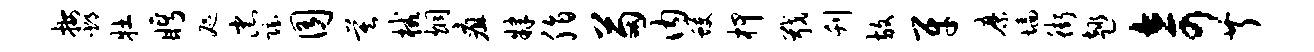
按邳牡眄咫忠隐囿莫械炯疽肄脂苗内蠖柙戢刊放牙縻墙街趣奇芹